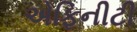
એફિનીટી